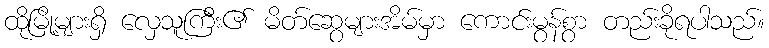
ထိုမြို့များရှိ လှေသူကြီး၏ မိတ်ဆွေများအိမ်မှာ ကောင်းမွန်စွာ တည်းခိုရပါသည်။